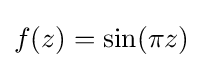
f(z)=\sin(\pi z)